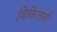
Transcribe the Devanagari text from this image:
चिकित्सकौं